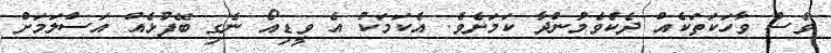
ވެސް ވާހަކަތަކެއް ދެކެވެމުންދާ ކަމަށެވެ. އެކަމަކު އެ ވީޑިއޯ ނެގި ބޭފުޅެއް އަސްލަމަށް